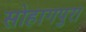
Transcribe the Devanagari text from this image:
सोहागपुरा